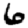
Digit: 6